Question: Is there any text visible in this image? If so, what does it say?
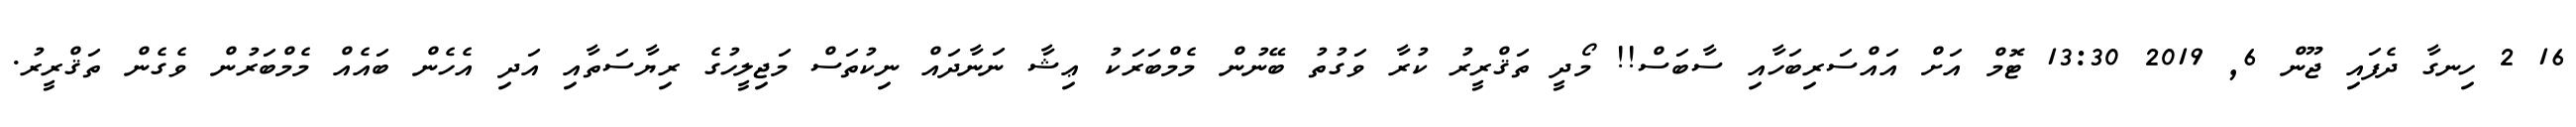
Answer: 16 2 ހިނގާ ދެފައި ޖޫން 6, 2019 13:30 ޓޮމް އަށް އައްސަރިބަހާއި ސާބަސް!! މޯދީ ތަޤްރީރު ކުރާ ވަގުތު ބޭނުން މެމްބަރަކު ޢިޝާ ނަނާދައް ނިކުތަސް މަޖިލީހުގެ ރިޔާސަތާއި އަދި އެހެން ބައެއް މެމްބަރުން ވެގެން ތަޤްރީރު.